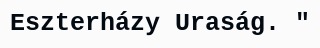
Eszterházy Uraság. "